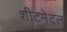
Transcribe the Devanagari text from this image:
शीटमेटल